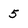
Character: 5